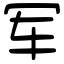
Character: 军